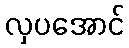
လှပအောင်